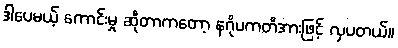
ဒါပေမယ့် ကောင်းမှု ဆိုတာကတော့ နဂိုပကတိအားဖြင့် လှပတယ်။